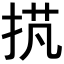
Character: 𢭾